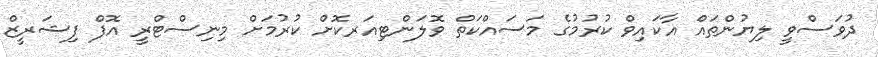
ދުވަސްވީ ލިޔުންތައް އާކައިވް ކުރުމުގެ މަސައްކަތް ވޮލަންޓިއަރކޮށް ކުރުމަށް މިނިސްޓްރީ އޮފް ފިޝަރީޒް